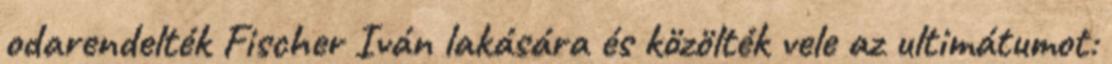
odarendelték Fischer Iván lakására és közölték vele az ultimátumot: